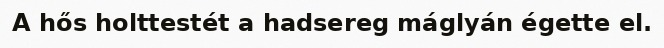
A hős holttestét a hadsereg máglyán égette el.